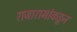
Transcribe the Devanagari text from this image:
राजारामांकडून